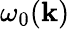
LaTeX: {\omega}_{0}(\mathbf{k})